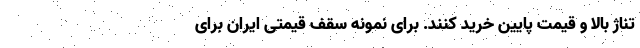
تناژ بالا و قیمت پایین خرید کنند. برای نمونه سقف قیمتی ایران برای